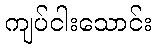
ကျပ်ငါးသောင်း